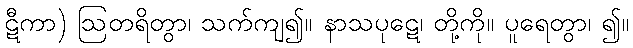
ဋီကာ) ဩတရိတွာ၊ သက်ကျ၍။ နာသပုဋေ၊ တို့ကို။ ပူရေတွာ၊ ၍။